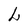
Character: L